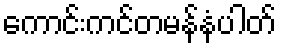
ကောင်းကင်တမန်နံပါတ်